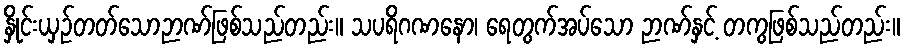
နှိုင်းယှဉ်တတ်သောဉာဏ်ဖြစ်သည်တည်း။ သပရိဂဏနော၊ ရေတွက်အပ်သော ဉာဏ်နှင့် တကွဖြစ်သည်တည်း။